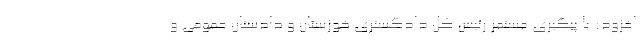
افزود: با پیگیری مستمر رئیس کل دادگستری خوزستان و دادستان عمومی و